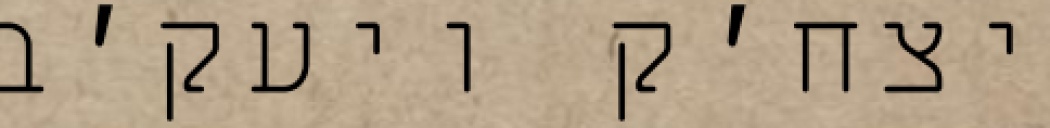
יצח׳ק ויעק׳ב